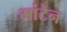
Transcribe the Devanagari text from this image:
मांटेन